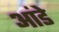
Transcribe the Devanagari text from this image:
आंडे